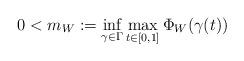
LaTeX: \begin{align*} 0<m_{W}:=\inf_{\gamma \in \Gamma} \max_{t\in [0,1]}\Phi_{W}(\gamma (t))\end{align*}